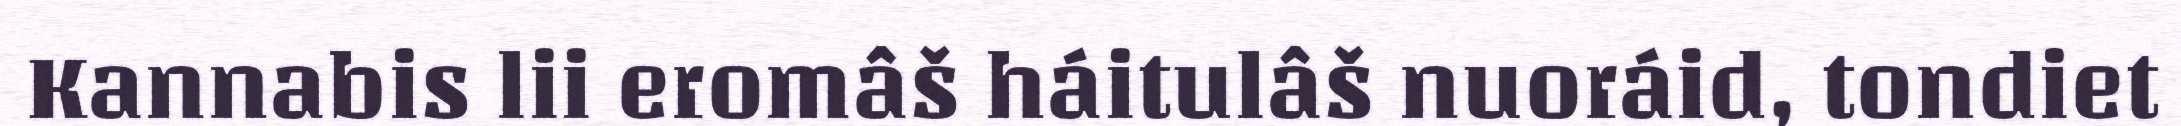
Kannabis lii eromâš háitulâš nuoráid, tondiet